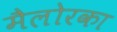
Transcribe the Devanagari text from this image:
मैलोरका